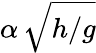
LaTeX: \alpha\, \sqrt{h/g}